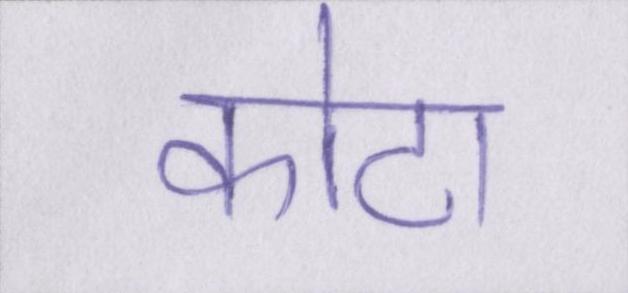
कोटा